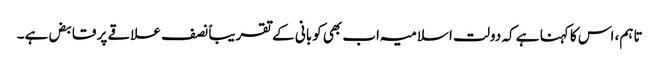
تاہم، اس کا کہنا ہے کہ دولت اسلامیہ اب بھی کوبانی کے تقریباً نصف علاقے پر قابض ہے۔